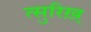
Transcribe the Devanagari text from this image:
त्सुरिख़्